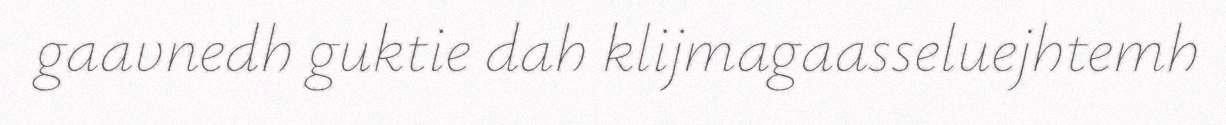
gaavnedh guktie dah klijmagaasseluejhtemh